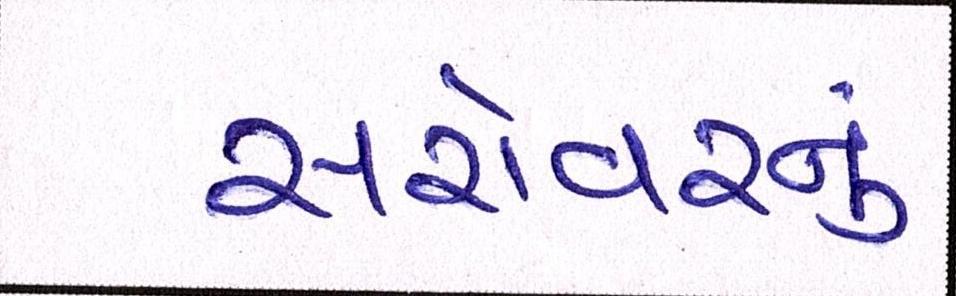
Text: સરોવરનું